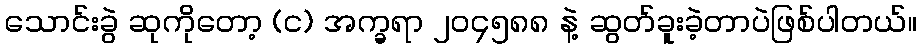
သောင်းခွဲ ဆုကိုတော့ (င) အက္ခရာ ၂၀၄၅၈၈ နဲ့ ဆွတ်ခူးခဲ့တာပဲဖြစ်ပါတယ်။